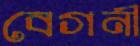
বেগনী